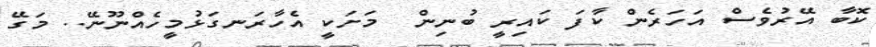
ކޮބާ އޭރުވެސް އަހަރެން ކާފަ ކައިރީ ބުނިން  މަށަކީ އެހާރަނގަޅުމީހެއްނޫނޭ.. މަގޭ